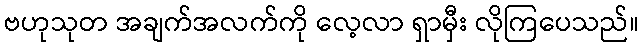
ဗဟုသုတ အချက်အလက်ကို လေ့လာ ရှာမှီး လိုကြပေသည်။